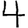
Digit: 4